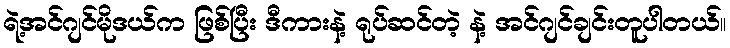
ရဲ့အင်ဂျင်မိုဒယ်က ဖြစ်ပြီး ဒီကားနဲ့ ရုပ်ဆင်တဲ့ နဲ့ အင်ဂျင်ချင်းတူပါတယ်။